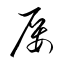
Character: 屢